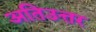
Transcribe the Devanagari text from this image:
अतिउत्तर